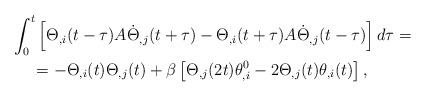
LaTeX: \begin{align*}\begin{aligned}\int_{0}^{t} & \left[\Theta_{,i}(t-\tau)A\dot{\Theta}_{,j}(t+\tau)-\Theta_{,i}(t+\tau)A\dot{\Theta}_{,j}(t-\tau)\right]d\tau=\\ & \negmedspace=-\Theta_{,i}(t)\Theta_{,j}(t)+\beta\left[\Theta_{,j}(2t)\theta_{,i}^{0}-2\Theta_{,j}(t)\theta_{,i}(t)\right],\end{aligned}\end{align*}